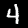
Digit: 4